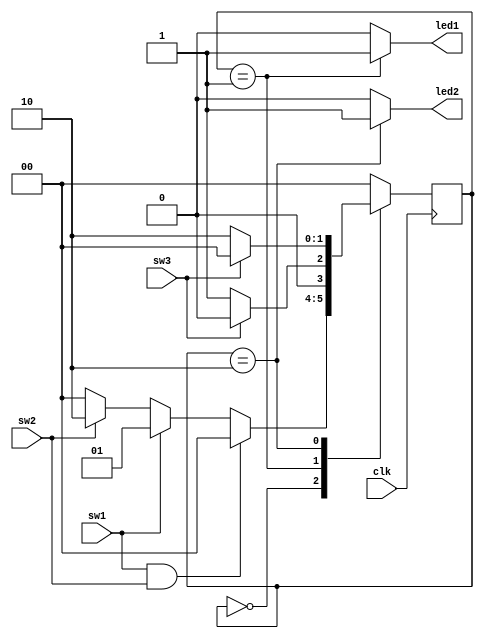
`timescale 1ns/1ns

`define IDLE  2'b00
`define ACT1  2'b01
`define ACT2  2'b10

module buzzer(clk, sw1, sw2, sw3, led1, led2);
	input        clk, sw1, sw2, sw3;
	output       led1, led2;
	reg          led1, led2;
	reg    [1:0] state, next_state;
	
	always@(sw1 or sw2 or sw3 or state) begin
		case(state)
			`IDLE : begin
				if(sw1 == 1'b1 && sw2 == 1'b1)
					next_state <= `IDLE;
				else if(sw1 == 1'b1)
					next_state <= `ACT1;
				else if(sw2 == 1'b1)
					next_state <= `ACT2;
				else
					next_state <= `IDLE;
			end
			`ACT1 : begin
				if(sw3 == 1'b1)
					next_state <= `IDLE;
				else
					next_state <= `ACT1;
			end
			`ACT2 : begin
				if(sw3 == 1'b1)
					next_state <= `IDLE;
				else
					next_state <= `ACT2;
			end
			default : begin
					next_state <= `IDLE;
			end
		endcase
	end
	
	always@(posedge clk) begin
		state <= next_state;
	end
	
	always@(state) begin
		case(state)
			`IDLE : begin
				led1  <= 1'b0;
				led2  <= 1'b0;
			end
			`ACT1 : begin
				led1  <= 1'b1;
				led2  <= 1'b0;
			end
			`ACT2 : begin
				led1  <= 1'b0;
				led2  <= 1'b1;
			end
			default : begin
				led1  <= 1'b0;
				led2  <= 1'b0;
			end
		endcase
	end
	
endmodule